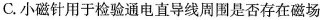
C.小磁针用于检验通电直导线周围是否存在磁场